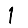
Digit: 1